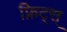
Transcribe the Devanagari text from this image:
फ्रिट्स्